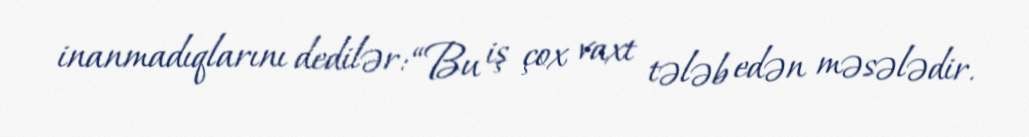
inanmadıqlarını dedilər: “Bu iş çox vaxt tələb edən məsələdir.